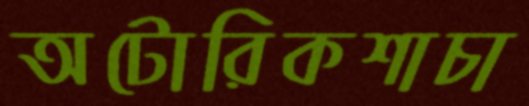
অটোরিকশাচা